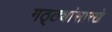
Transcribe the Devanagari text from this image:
गठ्ठ्यांसारखे